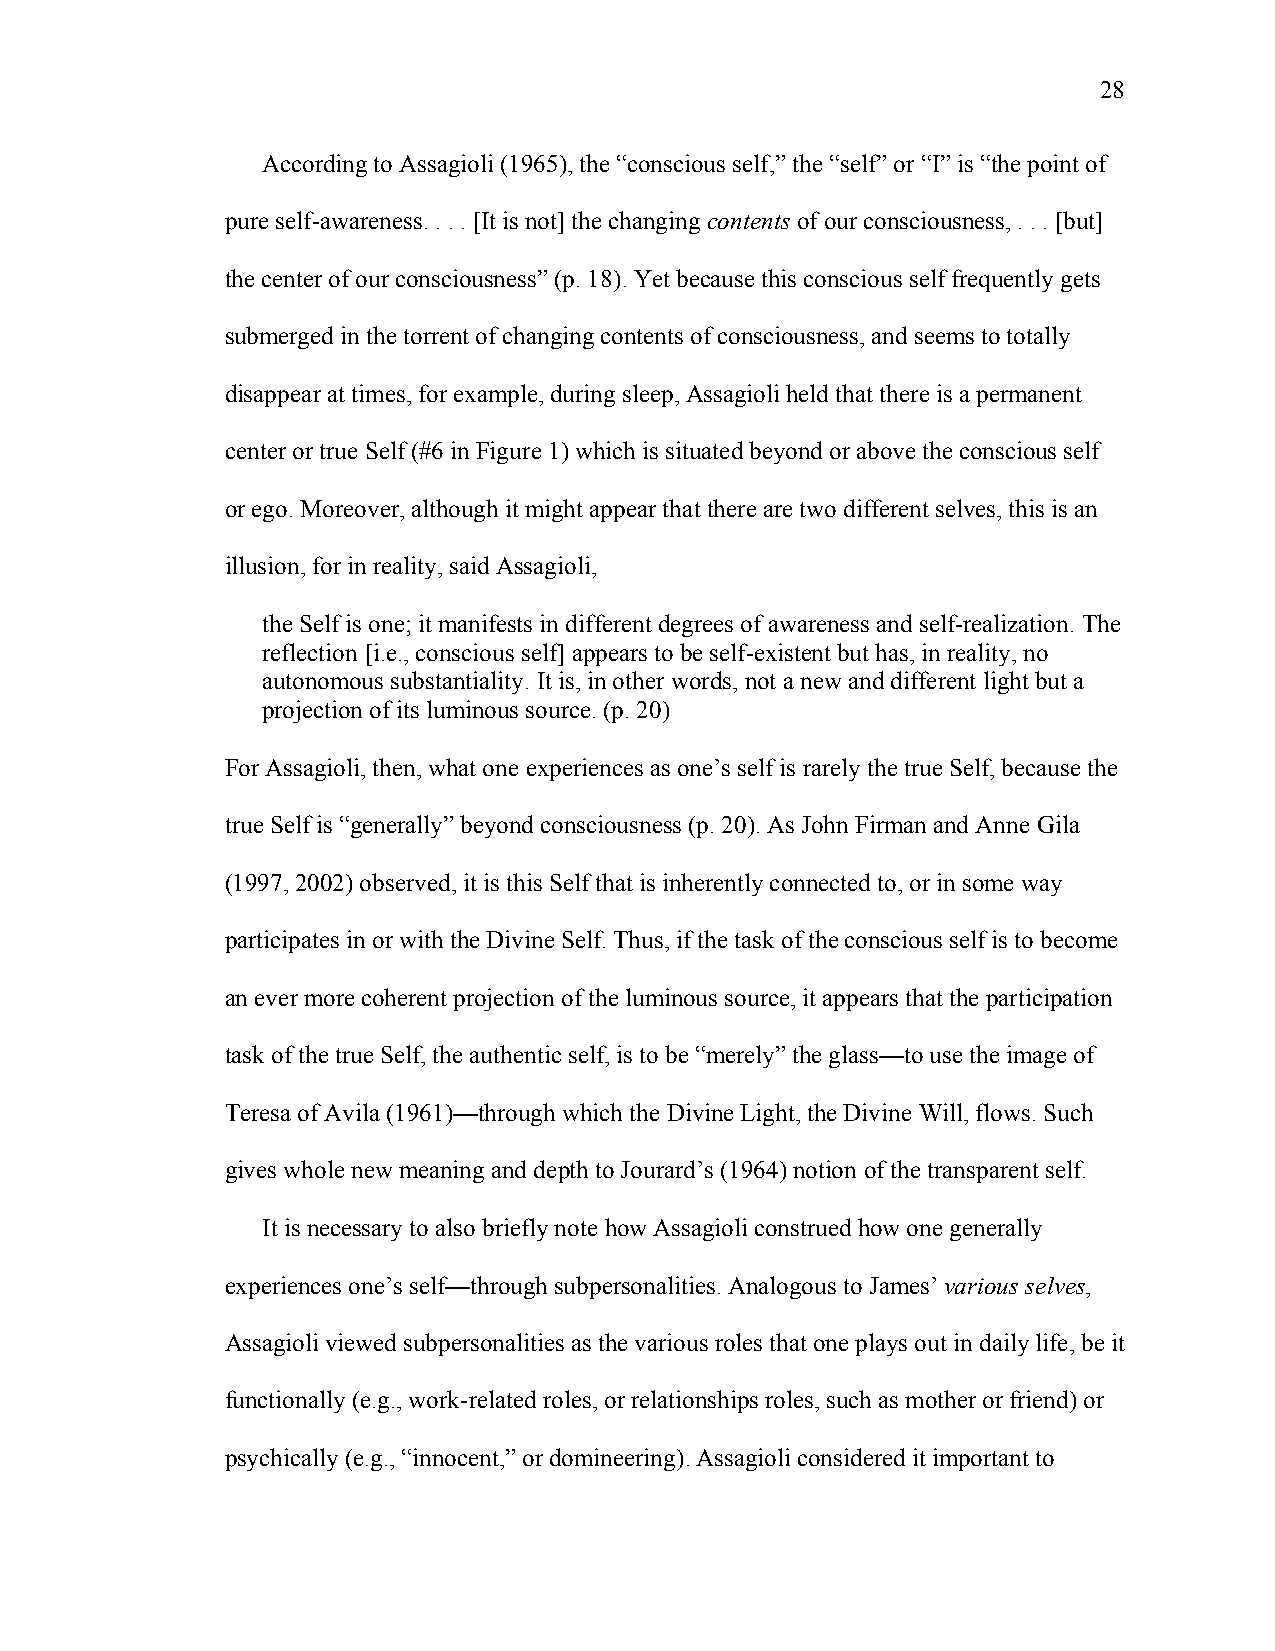
28
 According to Assagioli (1965), the “conscious self,” the “self” or “I” is “the point of
 pure self-awareness. . . . [It is not] the changing contents of our consciousness, . . . [but]
 the center of our consciousness” (p. 18). Yet because this conscious self frequently gets
 submerged in the torrent of changing contents of consciousness, and seems to totally
 disappear at times, for example, during sleep, Assagioli held that there is a permanent
 center or true Self (#6 in Figure 1) which is situated beyond or above the conscious self
 or ego. Moreover, although it might appear that there are two different selves, this is an
 illusion, for in reality, said Assagioli,
 the Self is one; it manifests in different degrees of awareness and self-realization. The
 reflection [i.e., conscious self] appears to be self-existent but has, in reality, no
 autonomous substantiality. It is, in other words, not a new and different light but a
 projection of its luminous source. (p. 20)
 For Assagioli, then, what one experiences as one’s self is rarely the true Self, because the
 true Self is “generally” beyond consciousness (p. 20). As John Firman and Anne Gila
 (1997, 2002) observed, it is this Self that is inherently connected to, or in some way
 participates in or with the Divine Self. Thus, if the task of the conscious self is to become
 an ever more coherent projection of the luminous source, it appears that the participation
 task of the true Self, the authentic self, is to be “merely” the glass—to use the image of
 Teresa of Avila (1961)—through which the Divine Light, the Divine Will, flows. Such
 gives whole new meaning and depth to Jourard’s (1964) notion of the transparent self.
 It is necessary to also briefly note how Assagioli construed how one generally
 experiences one’s self—through subpersonalities. Analogous to James’ various selves,
 Assagioli viewed subpersonalities as the various roles that one plays out in daily life, be it
 functionally (e.g., work-related roles, or relationships roles, such as mother or friend) or
 psychically (e.g., “innocent,” or domineering). Assagioli considered it important to